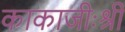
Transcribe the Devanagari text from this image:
काकाजीःश्री